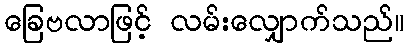
ခြေဗလာဖြင့် လမ်းလျှောက်သည်။